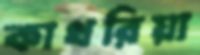
কাথরিয়া